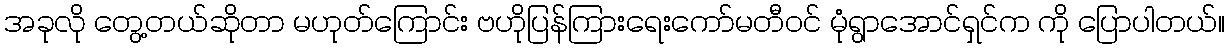
အခုလို တွေ့တယ်ဆိုတာ မဟုတ်ကြောင်း ဗဟိုပြန်ကြားရေးကော်မတီဝင် မုံရွာအောင်ရှင်က ကို ပြောပါတယ်။